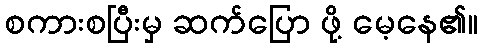
စကားစပြီးမှ ဆက်ပြော ဖို့ မေ့နေ၏။